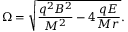
\Omega = \sqrt { \frac { q ^ { 2 } B ^ { 2 } } { M ^ { 2 } } - 4 \frac { q E } { M r } } .